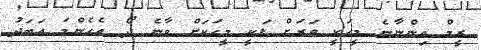
ރީމް އިންނާނެ މީހަކީ ވަރަށް ލަކީ މީހަކަށް ވާނެ ދޯ އެހެންމަ އަބަދު